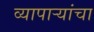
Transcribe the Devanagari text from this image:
व्यापार्‍यांचा